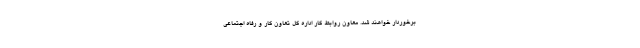
برخوردار خواهند شد. معاون روابط کار اداره کل تعاون کار و رفاه اجتماعی